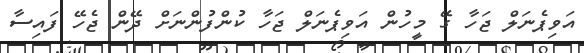
އަވިޕެނަލް ޖަހާ ގޭ މީހުން އަވިޕެނަލް ޖަހާ ކުންފުންނަށް ދޭން ޖެހޭ ފައިސާ